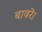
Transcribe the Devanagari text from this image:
बावरे।